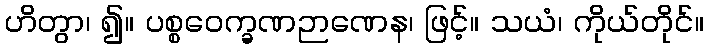
ဟိတွာ၊ ၍။ ပစ္စဝေက္ခဏဉာဏေန၊ ဖြင့်။ သယံ၊ ကိုယ်တိုင်။